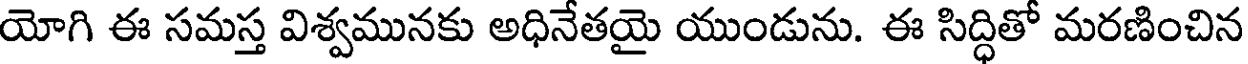
యోగి ఈ సమస్త విశ్వమునకు అధినేతయై యుండును. ఈ సిద్ధితో మరణించిన